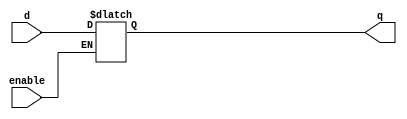
// This program was cloned from: https://github.com/Aryavardhan37/Verilog_codes
// License: MIT License

module d_latch(input d, input enable, output reg q);
    always @(d,enable)
        if(enable)
            q <= d;
        
endmodule